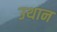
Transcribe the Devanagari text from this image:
उथान